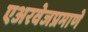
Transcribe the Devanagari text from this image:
एअरवेजप्रमाणे